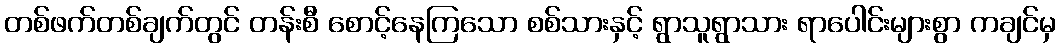
တစ်ဖက်တစ်ချက်တွင် တန်းစီ စောင့်နေကြသော စစ်သားနှင့် ရွာသူရွာသား ရာပေါင်းများစွာ ကချင်မှ